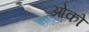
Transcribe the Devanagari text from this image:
ओको